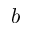
\boldsymbol { b }